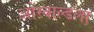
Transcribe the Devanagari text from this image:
ओस्वाल्डला